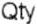
QTY